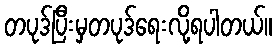
တပုဒ်ပြီးမှတပုဒ်ရေးလို့ရပါတယ်။